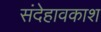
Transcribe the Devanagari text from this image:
संदेहावकाश